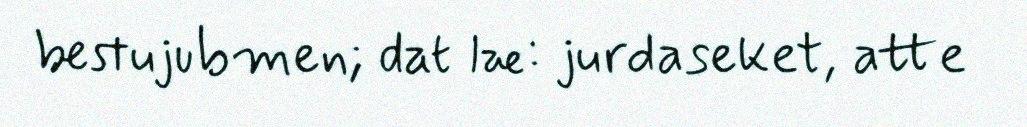
bestujubmen; dat læ: jurdaseket, atte